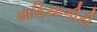
માફિયાગીરી